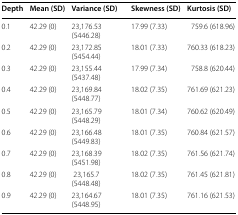
<table><thead><tr><td><b>Depth</b></td><td><b>Mean (SD)</b></td><td><b>Variance (SD)</b></td><td><b>Skewness (SD)</b></td><td><b>Kurtosis (SD)</b></td></tr></thead><tbody><tr><td>0.1</td><td>42.29 (0)</td><td>23,176.53 (5446.28)</td><td>17.99 (7.33)</td><td>759.6 (618.96)</td></tr><tr><td>0.2</td><td>42.29 (0)</td><td>23,172.85 (5454.44)</td><td>18.01 (7.33)</td><td>760.33 (618.23)</td></tr><tr><td>0.3</td><td>42.29 (0)</td><td>23,155.44 (5437.48)</td><td>17.99 (7.34)</td><td>758.8 (620.44)</td></tr><tr><td>0.4</td><td>42.29 (0)</td><td>23,169.84 (5448.77)</td><td>18.02 (7.35)</td><td>761.69 (621.23)</td></tr><tr><td>0.5</td><td>42.29 (0)</td><td>23,165.79 (5448.29)</td><td>18.01 (7.34)</td><td>760.62 (620.49)</td></tr><tr><td>0.6</td><td>42.29 (0)</td><td>23,166.48 (5449.83)</td><td>18.01 (7.35)</td><td>760.84 (621.57)</td></tr><tr><td>0.7</td><td>42.29 (0)</td><td>23,168.39 (5451.98)</td><td>18.02 (7.35)</td><td>761.56 (621.74)</td></tr><tr><td>0.8</td><td>42.29 (0)</td><td>23,165.7 (5448.48)</td><td>18.02 (7.35)</td><td>761.45 (621.81)</td></tr><tr><td>0.9</td><td>42.29 (0)</td><td>23,164.67 (5448.95)</td><td>18.01 (7.35)</td><td>761.16 (621.53)</td></tr></tbody></table>